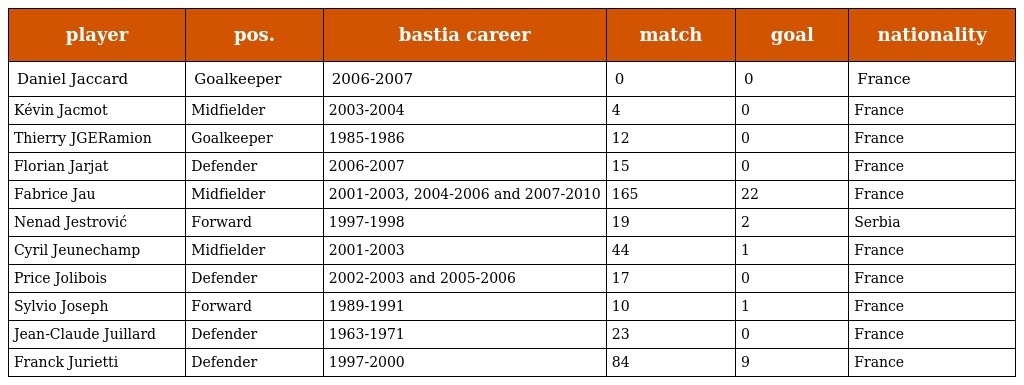
| player | pos. | bastia career | match | goal | nationality |
 | --- | --- | --- | --- | --- | --- |
 | Daniel Jaccard | Goalkeeper | 2006-2007 | 0 | 0 | France |
 | Kévin Jacmot | Midfielder | 2003-2004 | 4 | 0 | France |
 | Thierry JGERamion | Goalkeeper | 1985-1986 | 12 | 0 | France |
 | Florian Jarjat | Defender | 2006-2007 | 15 | 0 | France |
 | Fabrice Jau | Midfielder | 2001-2003, 2004-2006 and 2007-2010 | 165 | 22 | France |
 | Nenad Jestrović | Forward | 1997-1998 | 19 | 2 | Serbia |
 | Cyril Jeunechamp | Midfielder | 2001-2003 | 44 | 1 | France |
 | Price Jolibois | Defender | 2002-2003 and 2005-2006 | 17 | 0 | France |
 | Sylvio Joseph | Forward | 1989-1991 | 10 | 1 | France |
 | Jean-Claude Juillard | Defender | 1963-1971 | 23 | 0 | France |
 | Franck Jurietti | Defender | 1997-2000 | 84 | 9 | France |